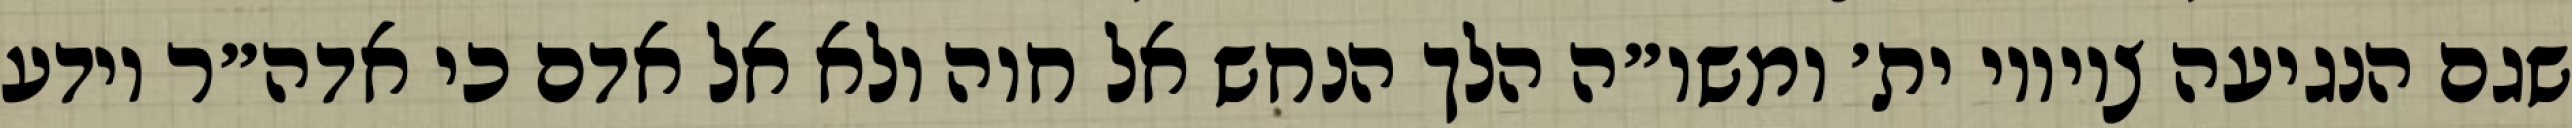
שגם הנגיעה ציוויו ית׳ ומשו״ה הלך הנחש אל חוה ולא אל אדם כי אדה״ר יודע